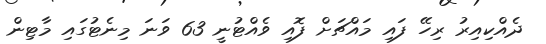
ދެއްކިއިރު ރިހޭ ފައި މައްޗަށް ފޮއި ވެއްޓުނީ 63 ވަނަ މިނެޓުގައި މާޓިން